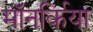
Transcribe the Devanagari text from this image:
मॉनर्किया